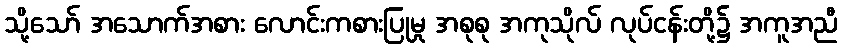
သို့သော် အသောက်အစား လောင်းကစားပြုမှု အစုစု အကုသိုလ် လုပ်ငန်းတို့၌ အကူအညီ